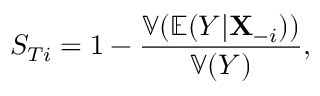
S _ { T i } = 1 - \frac { \mathbb { V } ( \mathbb { E } ( Y | \mathbf { X } _ { - i } ) ) } { \mathbb { V } ( Y ) } ,